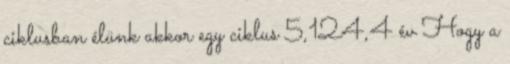
ciklusban élünk akkor egy ciklus 5,124,4 év Hogy a